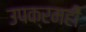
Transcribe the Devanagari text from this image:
उपक्रमहीे